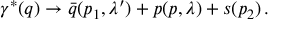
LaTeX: \gamma ^ { \ast } ( q ) \to \bar { q } ( p _ { 1 } , \lambda ^ { \prime } ) + p ( p , \lambda ) + s ( p _ { 2 } ) \, .